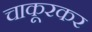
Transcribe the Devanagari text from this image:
चाकूरकर